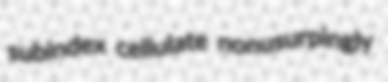
subindex cellulate nonusurpingly